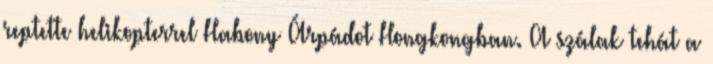
reptette helikopterrel Habony Árpádot Hongkongban. A szálak tehát a